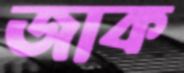
জাক